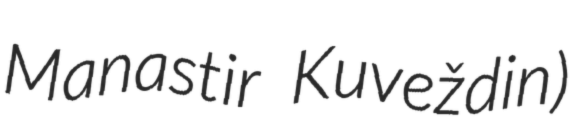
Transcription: Manastir Kuveždin)